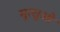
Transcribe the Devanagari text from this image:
मुत्सुओ